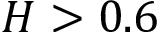
H > 0 . 6